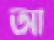
আ